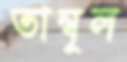
তাম্বূল